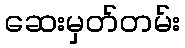
ဆေးမှတ်တမ်း